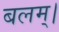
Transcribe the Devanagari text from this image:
बलम्।